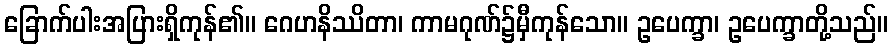
ခြောက်ပါးအပြားရှိကုန်၏။ ဂေဟနိဿိတာ၊ ကာမဂုဏ်၌မှီကုန်သော။ ဥပေက္ခာ၊ ဥပေက္ခာတို့သည်။